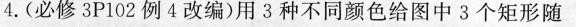
4.(必修3P102例4改编)用3种不同颜色给图中3个矩形随